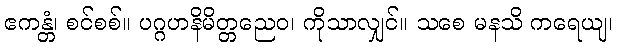
ဧကန္တံ၊ စင်စစ်။ ပဂ္ဂဟနိမိတ္တညေဝ၊ ကိုသာလျှင်။ သစေ မနသိ ကရေယျ၊